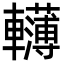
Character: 𨏫